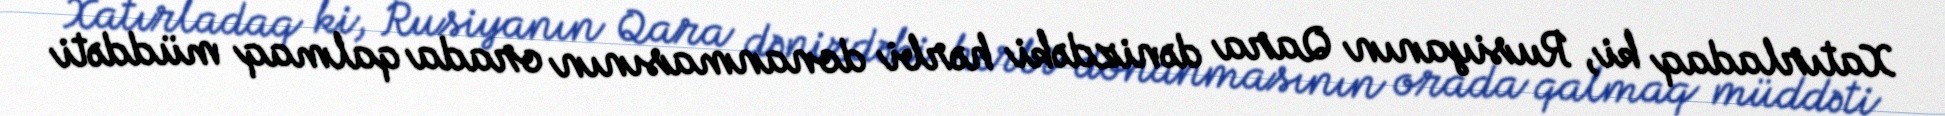
Xatırladaq ki, Rusiyanın Qara dənizdəki hərbi donanmasının orada qalmaq müddəti